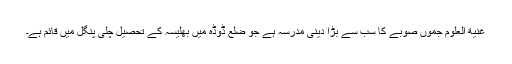
غنیة العلوم جموں صوبے کا سب سے بڑا دینی مدرسہ ہے جو ضلع ڈوڈہ میں بھلیسہ کے تحصیل چلی پنگل میں قائم ہے۔